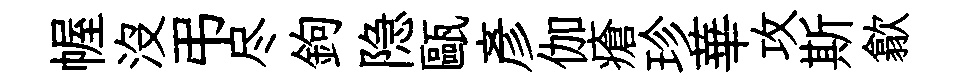
幄没弔尽鉤隐甌彦伽瘡珍華攻斯歙